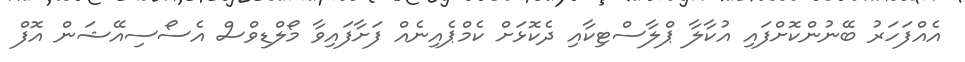
އެއްފަހަރު ބޭނުންކޮށްފައި އުކާލާ ޕްލާސްޓިކާއި ދެކޮޅަށް ކެމްޕެއިނެއް ފަށާފައިވާ މޯލްޑިވްސް އެސޯސިއޭޝަން އޮފް